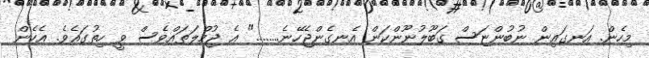
މިހެން. އަނގައިން ނުބުންޏަސް ގަބޫލުނޫންކަން އެނގެންޖެހޭނެ........" އެ ޖުމްލަތައްވެސް ވީ ހިތުގައެވެ. އެހެން